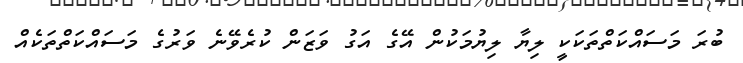
ބުރަ މަސައްކަތްތަކަކީ ލިޔާ ލިޔުމަކުން އޭގެ އަގު ވަޒަން ކުރެވޭނެ ވަރުގެ މަސައްކަތްތަކެއް